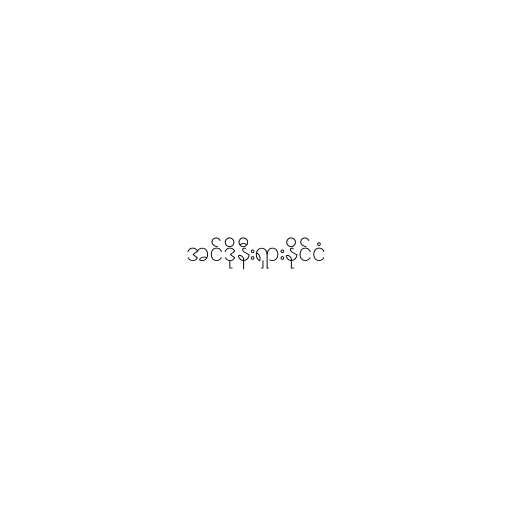
အင်ဒိုနီးရှားနိုင်ငံ